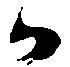
か